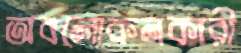
অবলোকনকারী